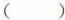
()